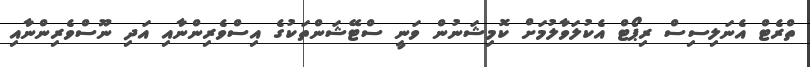
ތްރެޓް އެނަލިސިސް ރިޕޯޓް އެކުލަވާލުމަށް ކޮމިޝަނުން ވަނީ ސްޓޭޝަންތަކުގެ އިސްވެރިންނާއި އަދި ނޫސްވެރިންނާއި